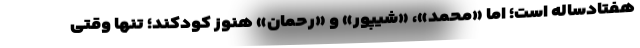
هفتادساله است؛ اما «محمد»، «شیپور» و «رحمان» هنوز کودکند؛ تنها وقتی